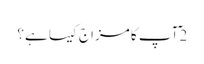
2 ٓآپ کا مزاج کیسا ہے؟